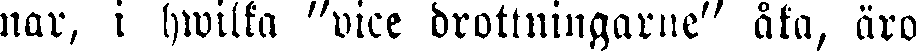
nar, i hwilka "vice drottningarne" åka, äro